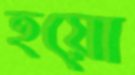
হয়ো